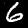
Digit: 6